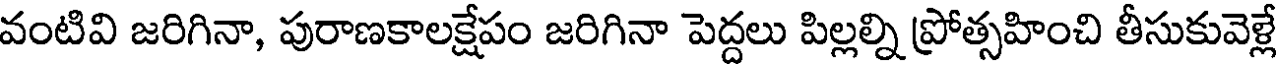
వంటివి జరిగినా, పురాణకాలక్షేపం జరిగినా పెద్దలు పిల్లల్ని ప్రోత్సహించి తీసుకువెళ్లే